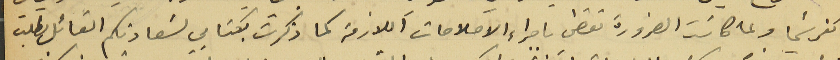
كفرشيما ولما كانت الضرورة تقضي باجراء الإصلاحات اللازمة كما ذكرت بكتَابي لسَعادتكم القائل بطلب